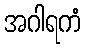
အဂါရကံ